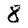
Character: 8